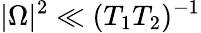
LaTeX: |\Omega|^{2}\ll(T_{1}T_{2})^{-1}